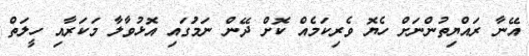
އޭނާ ރައްޔިތުންނަށް ހެޔޮ ވެރިކަމެއް ކޮށް ދޭން ނަމުަގައި އޮޅުވާލާ މަކަރާއި ހީލަތް